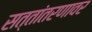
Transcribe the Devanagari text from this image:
सत्तांतरणावर